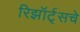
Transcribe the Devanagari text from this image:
रिझॉर्ट्‌सचे